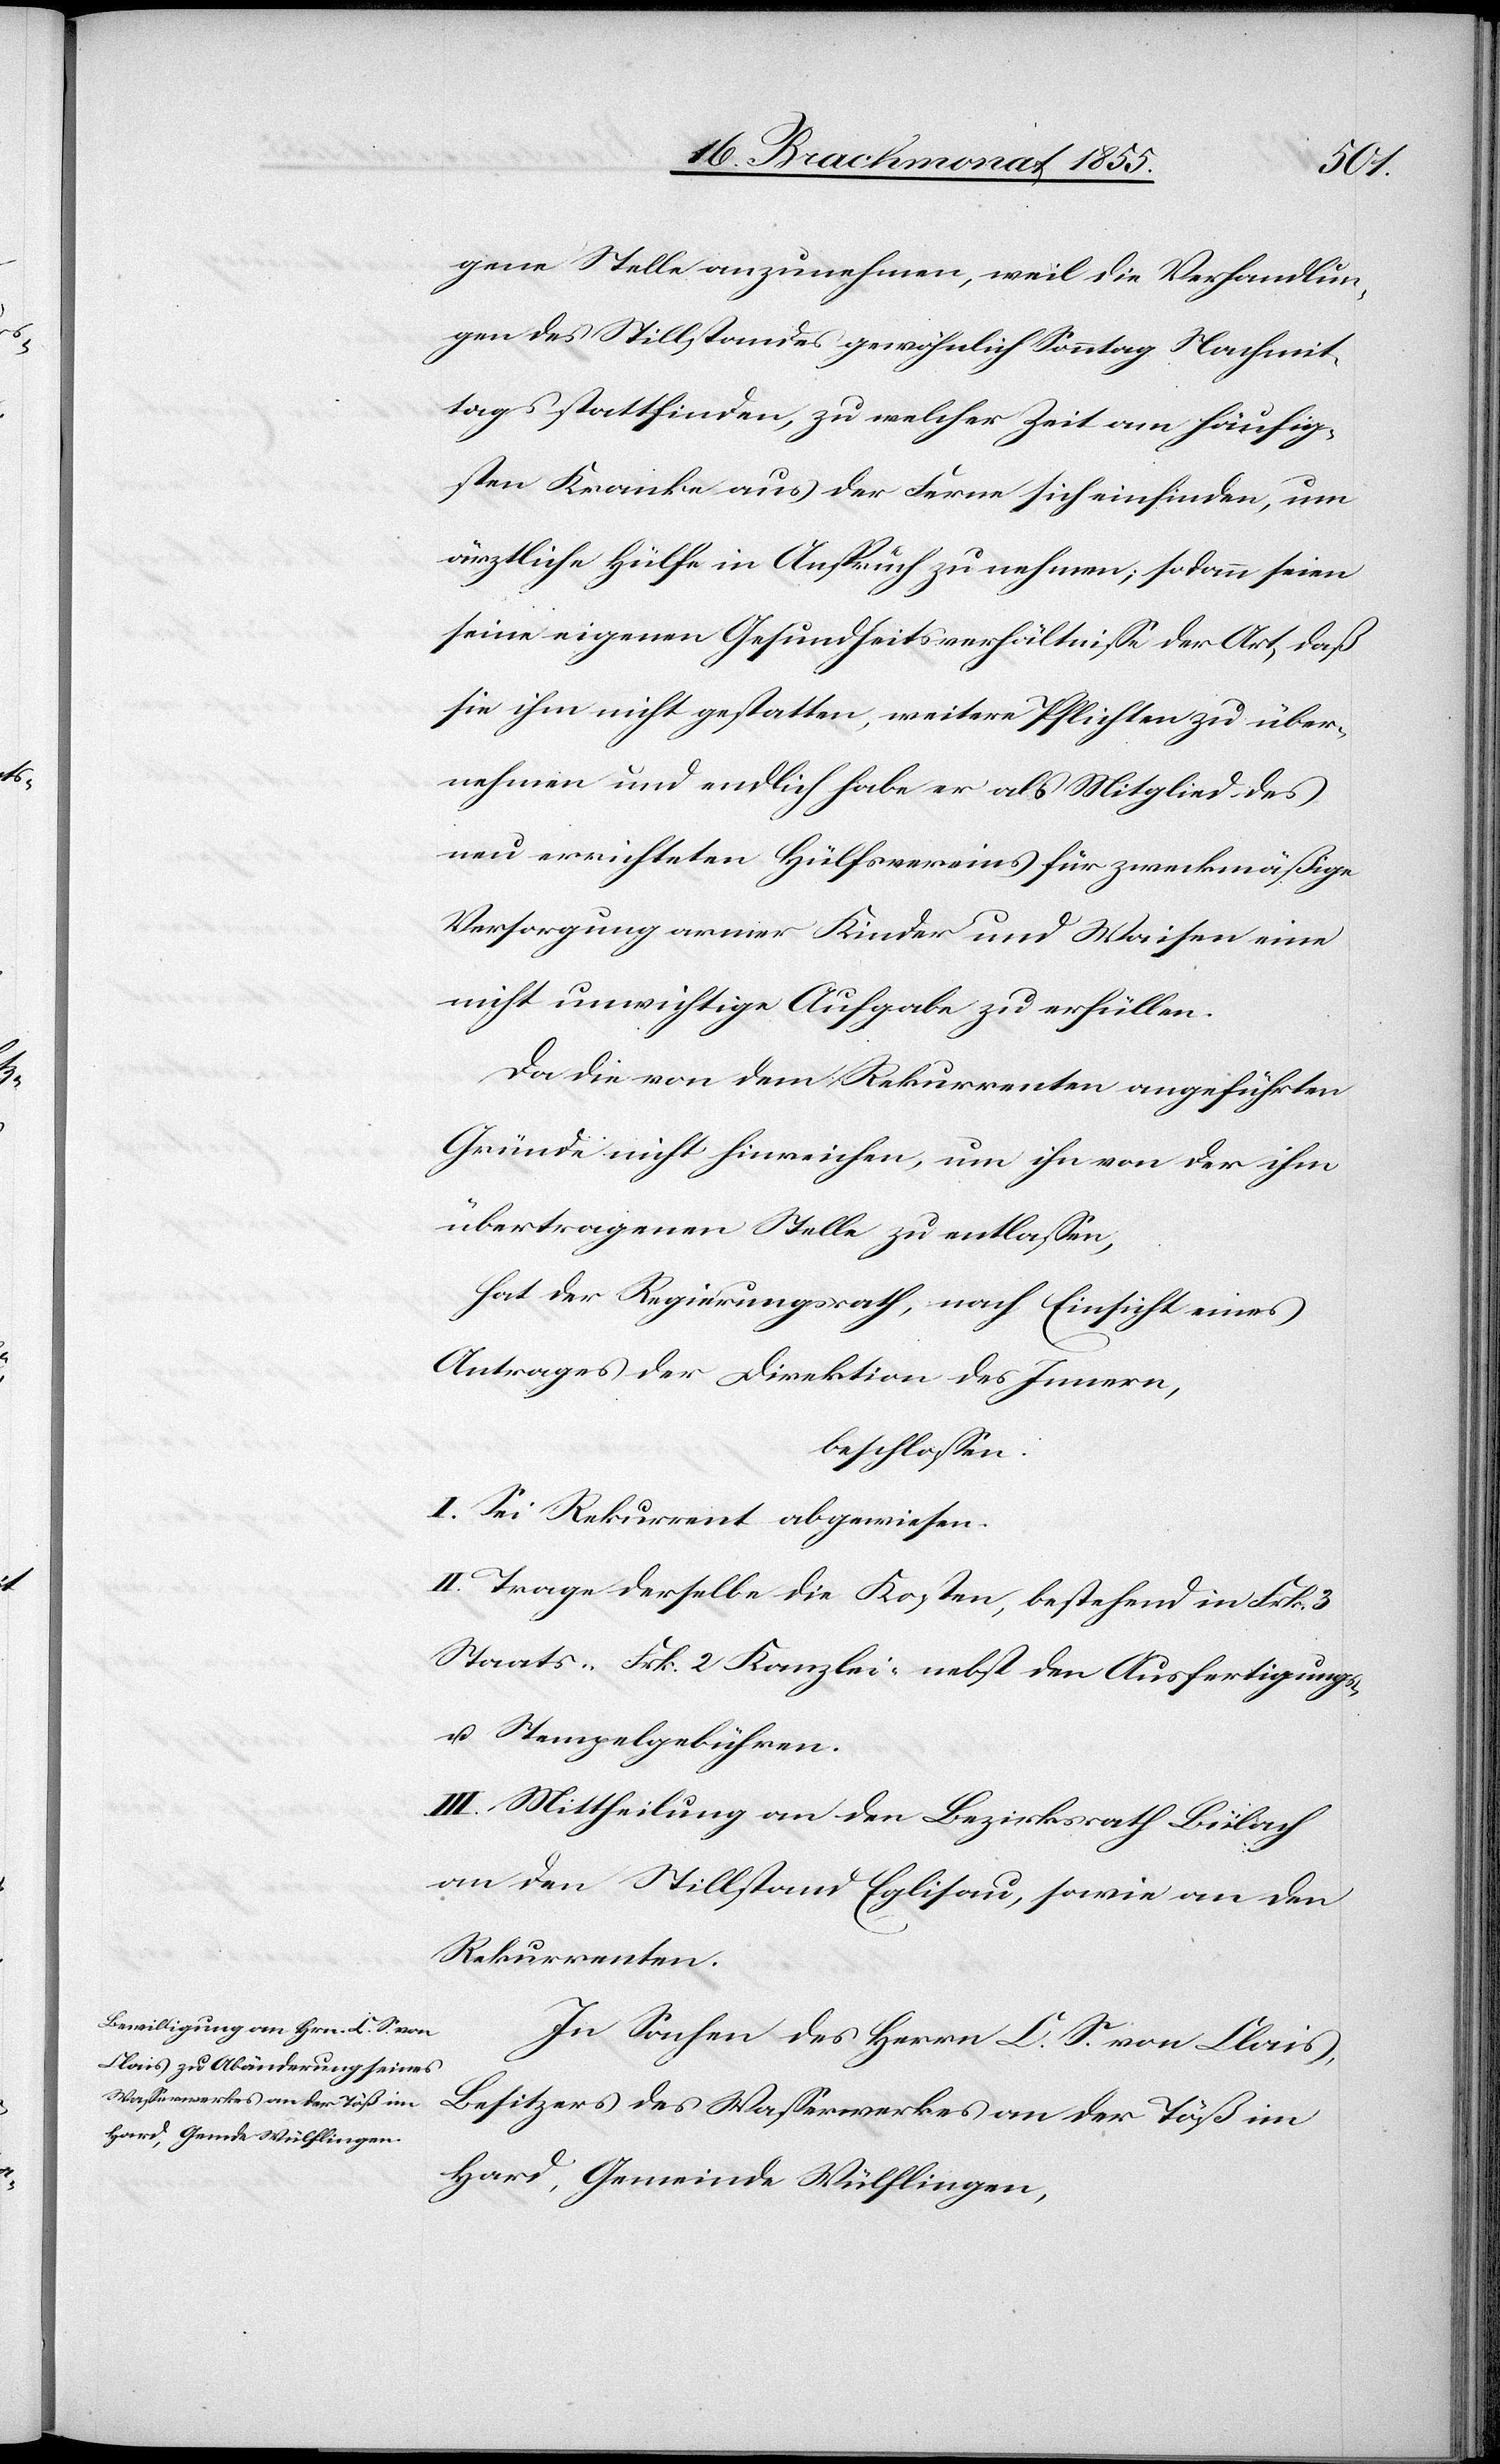
gene Stelle anzunehmen, weil die Verhandlun¬
gen des Stillstandes gewöhnlich Sonntag Nachmit¬
tags stattfinden, zu welcher Zeit am häufig¬
sten Kranke aus der Ferne sich einfinden, um
ärztliche Hülfe in Anspruch zu nehmen; sodann seien
seine eigenen Gesundheitsverhältnisse der Art, daß
sie ihm nicht gestatten, weitere Pflichten zu über¬
nehmen und endlich habe er als Mitglied des
neu errichteten Hülfsvereins für zweckmäßige
Versorgung armer Kinder und Waisen eine
nicht unwichtige Aufgabe zu erfüllen.
Da die von dem Rekurrenten angeführten
Gründe nicht hinreichen, um ihn von der ihm
übertragenen Stelle zu entlassen,
hat der Regierungsrath, nach Einsicht eines
Antrages der Direktion des Innern,
beschlossen:
I. Sei Rekurrent abgewiesen.
II. Trage derselbe die Kosten, bestehend in Frk. 3
Staats-[,] Frk. 2 Kanzlei-[,] nebst den Ausfertigungs-
u. Stempelgebühren.
III. Mittheilung an den Bezirksrath Bülach[,]
an den Stillstand Eglisau, sowie an den
Rekurrenten.
In Sachen des Herrn C. S. von Clais,
Besitzers des Wasserwerkes an der Töß im
Hard, Gemeinde Wülflingen,